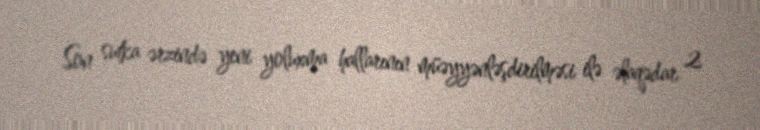
Son sutka ərzində yeni yoluxma hallarının müəyyənləşdirilməsi ilə əlaqədar 2